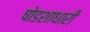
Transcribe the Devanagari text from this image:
षोडशाधारी